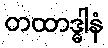
တထာဒ္ဓါနံ